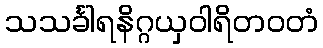
သသင်္ခါရနိဂ္ဂယှဝါရိတဝတံ